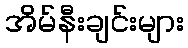
အိမ်နီးချင်းများ